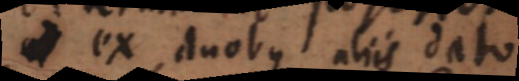
ex duobus aliis dato